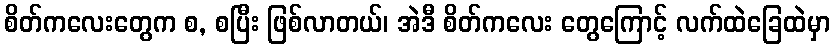
စိတ်ကလေးတွေက စ, စပြီး ဖြစ်လာတယ်၊ အဲဒီ စိတ်ကလေး တွေကြောင့် လက်ထဲခြေထဲမှာ